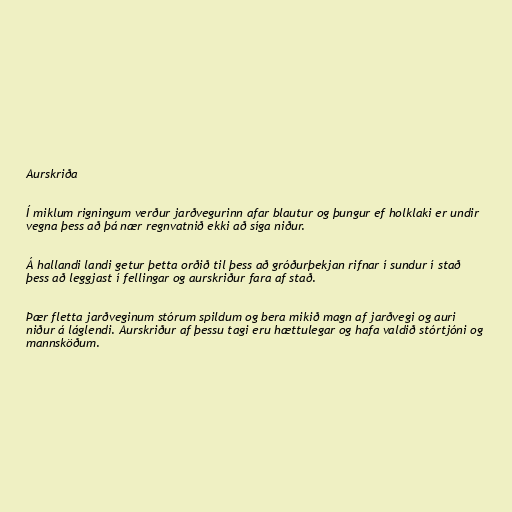
Aurskriða

Í miklum rigningum verður jarðvegurinn afar blautur og þungur ef holklaki er undir
vegna þess að þá nær regnvatnið ekki að síga niður.

Á hallandi landi getur þetta orðið til þess að gróðurþekjan rifnar í sundur í stað
þess að leggjast í fellingar og aurskriður fara af stað.

Þær fletta jarðveginum stórum spildum og bera mikið magn af jarðvegi og auri
niður á láglendi. Aurskriður af þessu tagi eru hættulegar og hafa valdið stórtjóni og
mannsköðum.